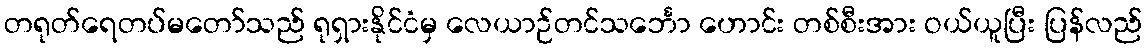
တရုတ်ရေတပ်မတော်သည် ရုရှားနိုင်ငံမှ လေယာဉ်တင်သင်္ဘော ဟောင်း တစ်စီးအား ဝယ်ယူပြီး ပြန်လည်